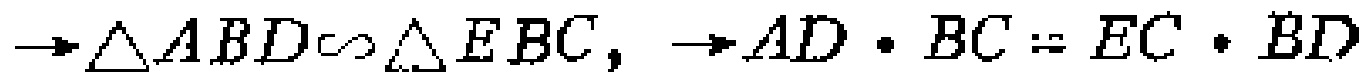
$\rightarrow\triangle ABD\sim\triangle EBC,\ \rightarrow AD\cdot BC = EC\cdot BD$